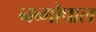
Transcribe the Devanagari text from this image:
नव्गोपाल